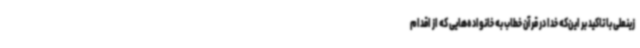
زینعلی با تاکید بر این‌که خدا در قرآن خطاب به خانواده‌هایی که از اقدام